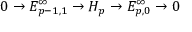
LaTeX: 0 \to E _ { p - 1 , 1 } ^ { \infty } \to H _ { p } \to E _ { p , 0 } ^ { \infty } \to 0